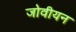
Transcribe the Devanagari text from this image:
जोवीयन